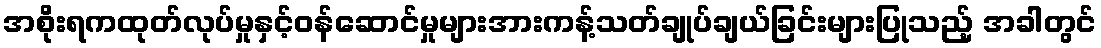
အစိုးရကထုတ်လုပ်မှုနှင့်ဝန်ဆောင်မှုများအားကန့်သတ်ချုပ်ချယ်ခြင်းများပြုသည့် အခါတွင်